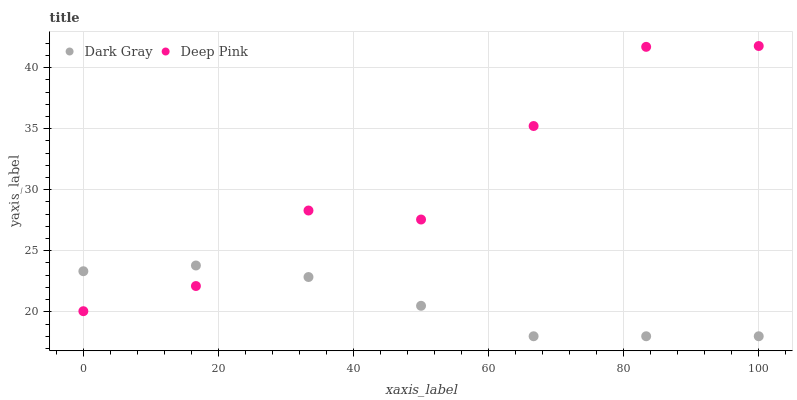
| xaxis_label | Dark Gray | Deep Pink |
 | --- | --- | --- |
 | 0 | 23.3 | 20.1 |
 | 16.7 | 23.8 | 22.1 |
 | 33.3 | 22.9 | 28.3 |
 | 50 | 20.5 | 27.6 |
 | 66.7 | 18 | 35.2 |
 | 83.3 | 18 | 41.7 |
 | 100 | 18 | 41.8 |